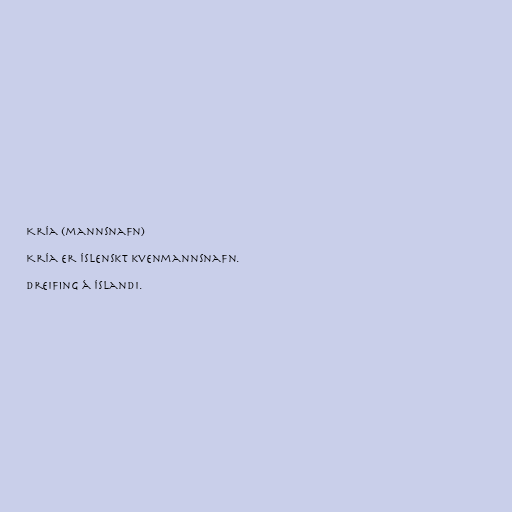
Kría (mannsnafn)

Kría er íslenskt kvenmannsnafn.

Dreifing á Íslandi.